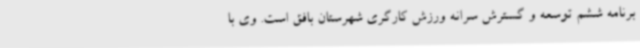
برنامه ششم توسعه و گسترش سرانه ورزش کارگری شهرستان بافق است. وی با